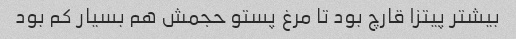
بیشتر پیتزا قارچ بود تا مرغ پستو حجمش هم بسیار کم بود